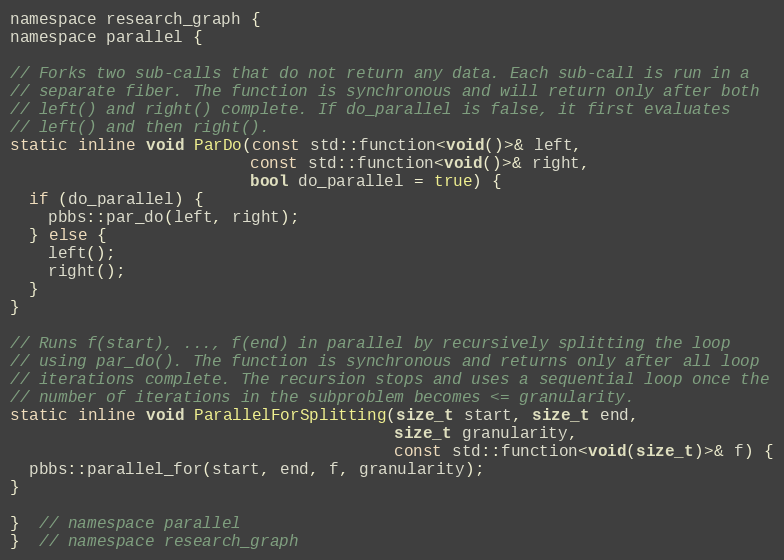
Language: C
namespace research_graph {
namespace parallel {

// Forks two sub-calls that do not return any data. Each sub-call is run in a
// separate fiber. The function is synchronous and will return only after both
// left() and right() complete. If do_parallel is false, it first evaluates
// left() and then right().
static inline void ParDo(const std::function<void()>& left,
                         const std::function<void()>& right,
                         bool do_parallel = true) {
  if (do_parallel) {
    pbbs::par_do(left, right);
  } else {
    left();
    right();
  }
}

// Runs f(start), ..., f(end) in parallel by recursively splitting the loop
// using par_do(). The function is synchronous and returns only after all loop
// iterations complete. The recursion stops and uses a sequential loop once the
// number of iterations in the subproblem becomes <= granularity.
static inline void ParallelForSplitting(size_t start, size_t end,
                                        size_t granularity,
                                        const std::function<void(size_t)>& f) {
  pbbs::parallel_for(start, end, f, granularity);
}

}  // namespace parallel
}  // namespace research_graph